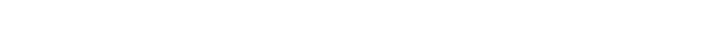
ကောင်လေးကို ကွင်းထဲပြန်သွားဖို့ ဂျူးဒစ် အော်ပြောမည့် ဆဲဆဲတွင် ဖီးလစ်ကလေးက ဒေါပွပြီး